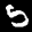
Label: 5